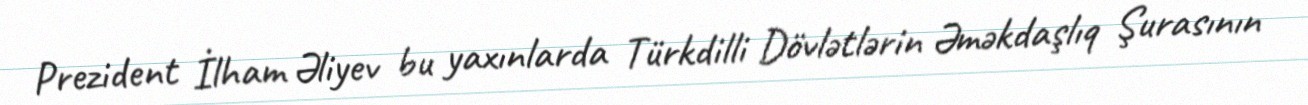
Prezident İlham Əliyev bu yaxınlarda Türkdilli Dövlətlərin Əməkdaşlıq Şurasının